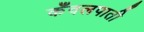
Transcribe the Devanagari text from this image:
कँवलपाती